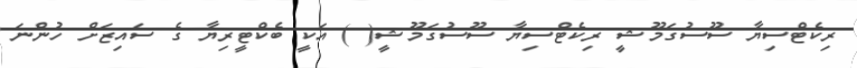
ރިކެޓްސިޔާ ސޫސުގަމޫޝީ ރިކެޓްސިޔާ ސޫސުގަމޫޝީ( ) އަކީ ބެކްޓީރިޔާ ގެ ސައިޒަށް ހުންނަ